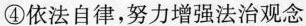
④依法自律，努力增强法治观念